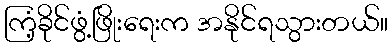
ကြံ့ခိုင်ဖွံ့ဖြိုးရေးက အနိုင်ရသွားတယ်။